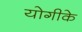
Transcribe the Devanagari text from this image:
योगीके